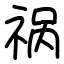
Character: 祸